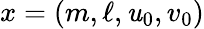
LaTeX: x=(m,\ell,\mathit{u}_{0},v_{0})